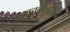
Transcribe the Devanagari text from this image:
कवचबीजसिद्ध